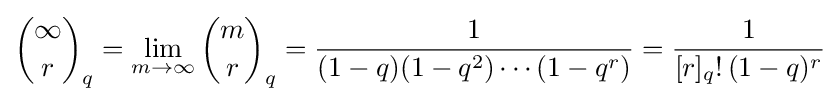
{\infty  \choose r}_{q}=\lim _{m\rightarrow \infty }{m \choose r}_{q}={\frac {1}{(1-q)(1-q^{2})\cdots (1-q^{r})}}={\frac {1}{[r]_{q}!\,(1-q)^{r}}}